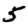
Digit: 5